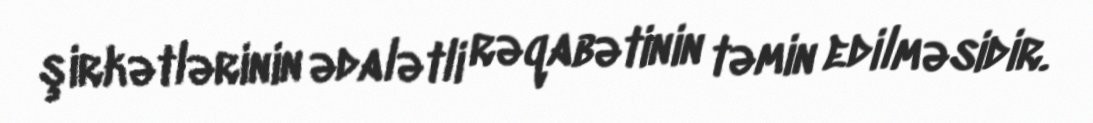
şirkətlərinin ədalətli rəqabətinin təmin edilməsidir.